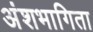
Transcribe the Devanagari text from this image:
अंशभागिता